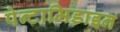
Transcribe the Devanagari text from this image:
पेन्टामिडाइन